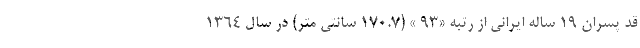
قد پسران ۱۹ ساله ایرانی از رتبه «۹۳ » (۱۷۰.۷ سانتی متر) در سال ۱۳۶۴